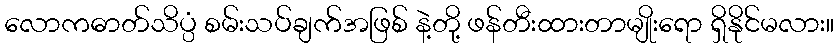
လောကဓာတ်သိပ္ပံ စမ်းသပ်ချက်အဖြစ် နဲ့တို့ ဖန်တီးထားတာမျိုးရော ရှိနိုင်မလား။